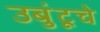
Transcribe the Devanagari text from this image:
उबुंटूचे